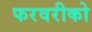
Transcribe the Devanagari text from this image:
फरवरीको